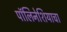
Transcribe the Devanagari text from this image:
पॉलिनेशियाचा